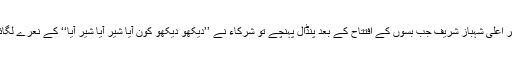
وزیر اعلی شہباز شریف جب بسوں کے افتتاح کے بعد پنڈال پہنچے تو شرکاء نے ’’دیکھو دیکھو کون آیا شیر آیا شیر آیا‘‘ کے نعرے لگائے ۔